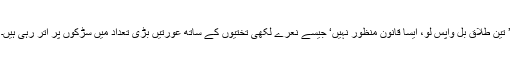
’ تین طلاق بل واپس لو، ایسا قانون منظور نہیں‘ جیسے نعرے لکھی تختیوں کے ساتھ عورتیں بڑی تعداد میں سڑکوں پر اتر رہی ہیں۔